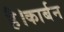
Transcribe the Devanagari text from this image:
है।कार्बन